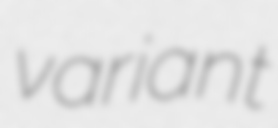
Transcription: variant